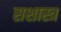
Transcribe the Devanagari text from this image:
सशास्त्र